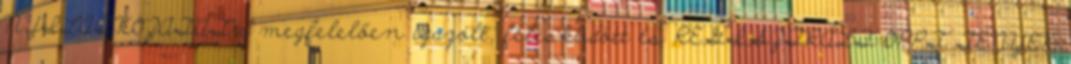
NYILATKOZATÁT a megfelelően igazolt, felesküdött és REGISZTRÁLT OPPT TÉNYEK